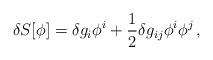
LaTeX: \begin{align*}\delta S[\phi]= \delta g_i\phi^i+\frac{1}{2}\delta g_{ij}\phi^i\phi^j \,,\end{align*}